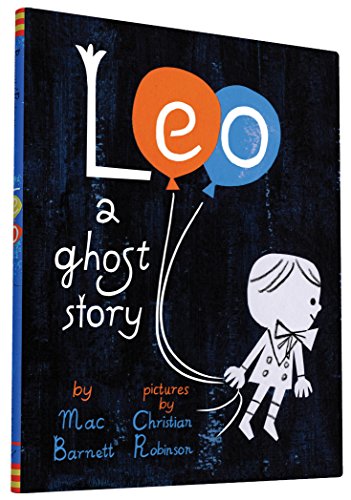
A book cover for Leo: A Ghost Story; Mac Barnett; Children's Books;